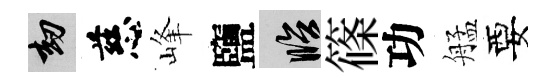
劫慈峰鹽臨篠功艋要